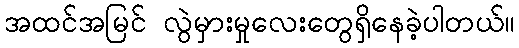
အထင်အမြင် လွဲမှားမှုလေးတွေရှိနေခဲ့ပါတယ်။